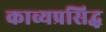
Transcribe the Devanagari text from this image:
काव्यप्रसिद्ध